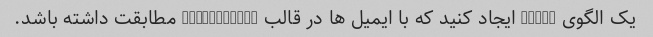
یک الگوی regex ایجاد کنید که با ایمیل ها در قالب name@server مطابقت داشته باشد.